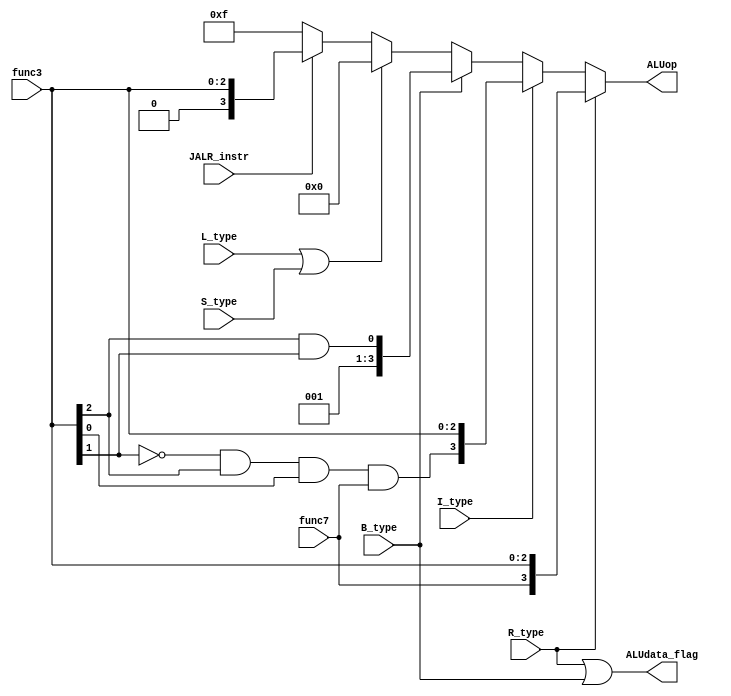
module ALU_control(
    input I_type                               ,
    input L_type                               ,
    input S_type                               ,
    input R_type                               ,
    //input JAL_instr                            ,
    input JALR_instr                           ,
    //input LUI_instr                            ,
    //input AUIPC_instr                          ,
    input B_type                               ,
    input [2:0]func3,
    input func7,
    output [3:0] ALUop,
    output ALUdata_flag
    );
    wire [3:0] R_ALUop;
    wire [3:0] I_ALUop;
    wire [3:0] B_ALUop;
    wire [3:0] JALR_ALUop;
    wire [3:0] L_S_ALUop;
    assign R_ALUop = {func7,func3};
    assign I_ALUop = {~func3[1]&func3[2]&func3[0]&func7,func3};//I类指令ALU控制数与R类指令相近仅当fun3为101时会出现最高位不为0的情况
    assign B_ALUop = {3'b001,func3[2]&func3[1]};//ALU执行R类指令中的slt和sltu
    assign JALR_ALUop = {1'b0,func3};
    assign L_S_ALUop = 4'b0000;//Load 和store 指令执行加法计算dataRAM的访存地址，ALU_DB的输入数据为立即数
    assign ALUop = R_type ? R_ALUop : I_type ? I_ALUop : 
                   B_type ? B_ALUop : (L_type |S_type )? L_S_ALUop :
                   JALR_instr ? JALR_ALUop : 4'b1111;

    assign ALUdata_flag = R_type | B_type ; //为1时数据输入为rd2，判定为B和R类指令
endmodule